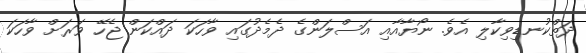
ދަތްކުނޑިވިކާލި އެވެ. ނޯޔާއާއި އަސްލަންގެ ދެމެދުގައި ވާހަކަ ދައްކަން ޖެހޭ ވަރަށް ވާހަކަ